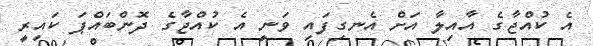
އެ ކުއްޖާގެ އާއިލާ އަށް އެނގިފައި ވަނީ އެ ކުއްޖާގެ ދޮންބައްޕަ ކައިރީ